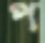
প